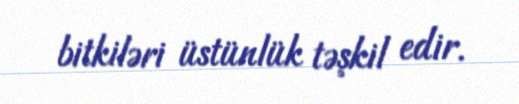
bitkiləri üstünlük təşkil edir.